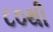
૮૦થી